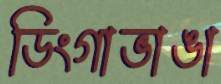
ডিংগাভাঙা